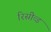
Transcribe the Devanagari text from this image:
रिसीव्ड